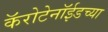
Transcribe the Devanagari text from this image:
कॅरोटेनॉईडच्या